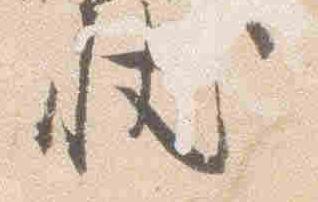
状